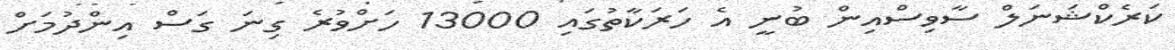
ކަރެކްޝަނަލް ސާވިސްއިން ބުނީ އެ ހަރަކާތުގައި 13000 ހަށްވުރެ ގިނަ ގަސް އިންދުމަށް